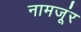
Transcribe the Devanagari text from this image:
नामजूंर